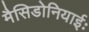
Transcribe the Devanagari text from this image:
मैसिडोनियाईः